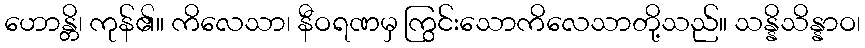
ဟောန္တိ၊ ကုန်၏။ ကိလေသာ၊ နီဝရဏမှ ကြွင်းသောကိလေသာတို့သည်။ သန္နိသိန္နာဝ၊